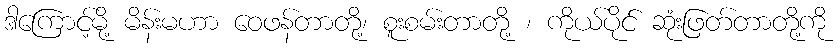
ဒါကြောင့်မို့ မိန်းမဟာ ဝေဖန်တာတို့၊ စူးစမ်းတာတို့ ၊ ကိုယ်ပိုင် ဆုံးဖြတ်တာတို့ကို